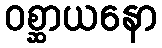
ဝစ္ဆာယနော